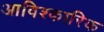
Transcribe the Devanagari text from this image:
आविश्कारिक